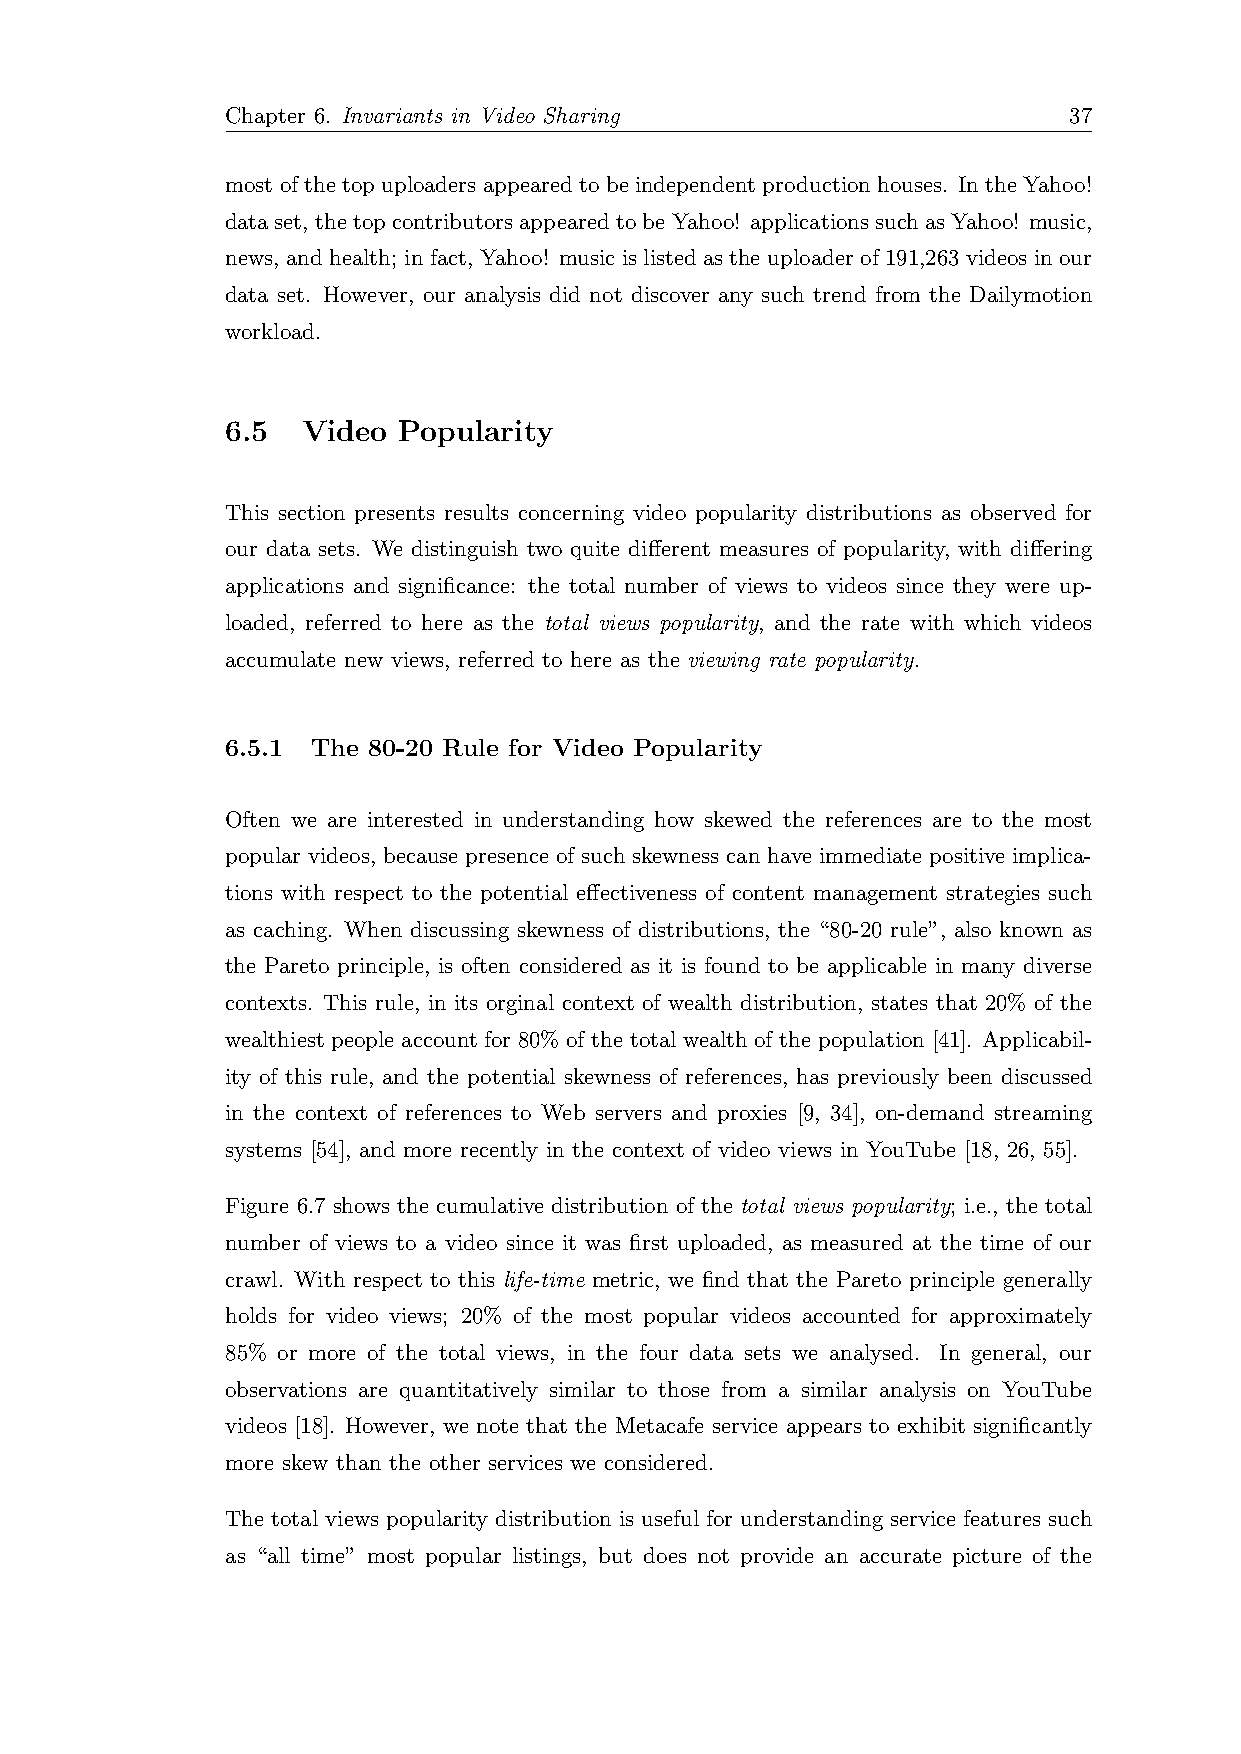
Chapter 6. Invariants in Video Sharing                  37
 most of the top uploaders appeared to be independent production houses. In the Yahoo!
 dataset, thetopcontributorsappearedtobeYahoo! applicationssuchasYahoo! music,
 news, and health; in fact, Yahoo! music is listed as the uploader of 191,263 videos in our
 data set. However, our analysis did not discover any such trend from the Dailymotion
 workload.
 6.5  Video Popularity
 This section presents results concerning video popularity distributions as observed for
 our data sets. We distinguish two quite different measures of popularity, with differing
 applications and significance: the total number of views to videos since they were up-
 loaded, referred to here as the total views popularity, and the rate with which videos
 accumulate new views, referred to here as the viewing rate popularity.
 6.5.1 The 80-20 Rule for Video Popularity
 Often we are interested in understanding how skewed the references are to the most
 popular videos, because presence of such skewness can have immediate positive implica-
 tions with respect to the potential effectiveness of content management strategies such
 as caching. When discussing skewness of distributions, the “80-20 rule”, also known as
 the Pareto principle, is often considered as it is found to be applicable in many diverse
 contexts. This rule, in its orginal context of wealth distribution, states that 20% of the
 wealthiest people account for 80% of the total wealth of the population [41]. Applicabil-
 ity of this rule, and the potential skewness of references, has previously been discussed
 in the context of references to Web servers and proxies [9, 34], on-demand streaming
 systems [54], and more recently in the context of video views in YouTube [18, 26, 55].
 Figure 6.7 shows the cumulative distribution of the total views popularity; i.e., the total
 number of views to a video since it was first uploaded, as measured at the time of our
 crawl. With respect to this life-time metric, we find that the Pareto principle generally
 holds for video views; 20% of the most popular videos accounted for approximately
 85% or more of the total views, in the four data sets we analysed. In general, our
 observations are quantitatively similar to those from a similar analysis on YouTube
 videos [18]. However, we note that the Metacafe service appears to exhibit significantly
 more skew than the other services we considered.
 The total views popularity distribution is useful for understanding service features such
 as “all time” most popular listings, but does not provide an accurate picture of the